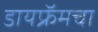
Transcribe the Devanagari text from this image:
डायफ्रॅमचा